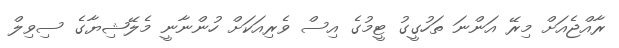
ރާއްޖެއަށް މިރޭ އަންނަ ތަހުގީގު ޓީމުގެ އިސް ވެރިއަކަށް ހުންނާނީ މެލޭޝިޔާގެ ސިވިލް